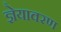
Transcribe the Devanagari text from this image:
ज्ञेयावरण